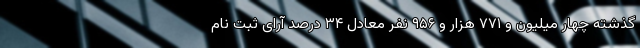
گذشته چهار میلیون و ۷۷۱ هزار و ۹۵۶ نفر معادل ۳۴ درصد آرای ثبت نام